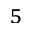
^ 5